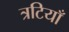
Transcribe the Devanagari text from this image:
त्रटियाँ